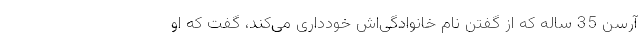
آرسن 35 ساله که از گفتن نام خانوادگی‌اش خودداری می‌کند، گفت که او